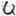
Text: Q